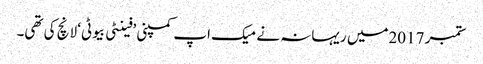
ستمبر 2017میں ریہانہ نے میک اپ کمپنی ’فینٹی بیوٹی‘ لانچ کی تھی۔